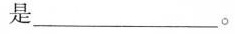
是_____。